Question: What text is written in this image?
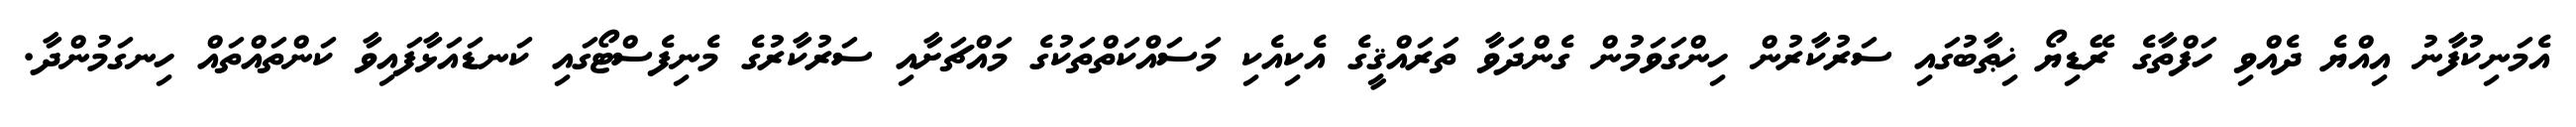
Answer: އެމަނިކުފާނު އިއްޔެ ދެއްވި ހަފްތާގެ ރޭޑިޔޯ ޚިޠާބުގައި ސަރުކާރުން ހިންގަވަމުން ގެންދަވާ ތަރައްޤީގެ އެކިއެކި މަސައްކަތްތަކުގެ މައްޗަށާއި ސަރުކާރުގެ މެނިފެސްޓޯގައި ކަނޑައަޅާފައިވާ ކަންތައްތައް ހިނގަމުންދާ.